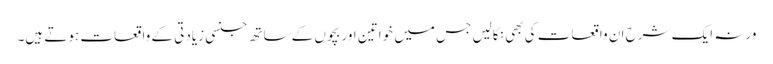
ورنہ ایک شرح ان واقعات کی بھی نکالیں جس میں خواتین اور بچوں کے ساتھ جنسی زیادتی کے واقعات ہوتے ہیں۔